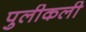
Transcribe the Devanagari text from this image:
पुलीकली